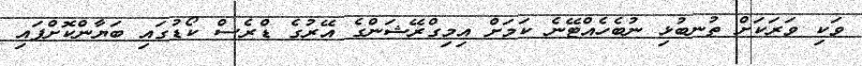
ވަކި ވަރަކަށް ތުނބުޅި ނުބެހެއްޓޭނެ ކަމަށް އިމިގްރޭޝަންގެ އޭރުގެ ޑްރެސް ކޯޑުގައި ބަޔާންކޮށްފައި